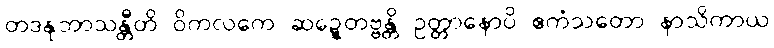
တဒနုဘာသန္တီတိ ဝိကလကေ ဆဍ္ဍေတဗ္ဗန္တိ ဥတ္တာနောပိ ဧကံသတော နာသိကာယ